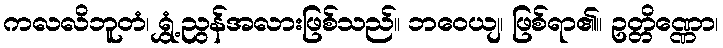
ကလလိဘူတံ၊ ရွှံ့ညွန်အလားဖြစ်သည်။ ဘဝေယျ၊ ဖြစ်ရာ၏။ ဥတ္တိဏ္ဏော၊